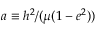
a \equiv h ^ { 2 } / ( \mu ( 1 - e ^ { 2 } ) )